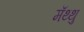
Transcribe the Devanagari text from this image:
मॅथ्थु